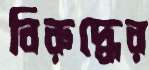
বিরুদ্ধের